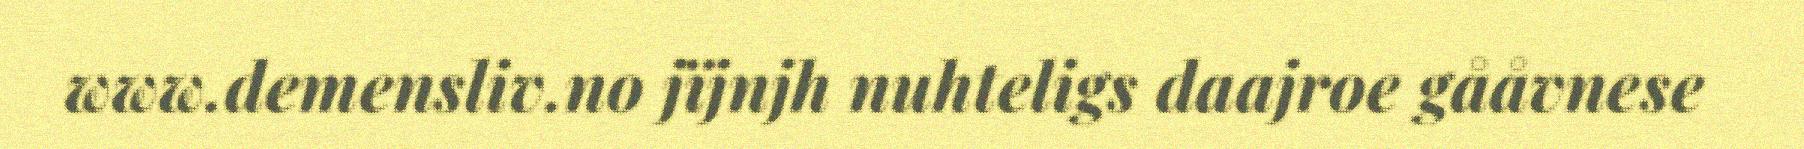
www.demensliv.no jïjnjh nuhteligs daajroe gååvnese